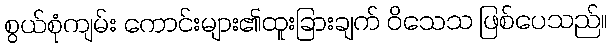
စွယ်စုံကျမ်း ကောင်းများ၏ထူးခြားချက် ဝိသေသ ဖြစ်ပေသည်။